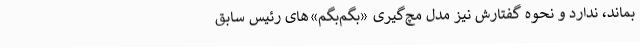
بماند، ندارد و نحوه گفتارش نیز مدل مچ‌گیری «بگم‌بگم»‌های رئیس سابق